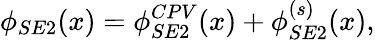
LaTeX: \phi_{SE2}(x)=\phi_{SE2}^{CPV}(x)+\phi_{SE2}^{(s)}(x),